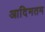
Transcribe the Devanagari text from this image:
आदिमतम